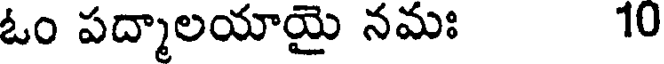
ఓం పద్మాలయాయై నమః 10